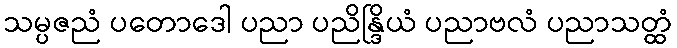
သမ္ပဇညံ ပတောဒေါ ပညာ ပညိန္ဒြိယံ ပညာဗလံ ပညာသတ္ထံ